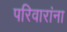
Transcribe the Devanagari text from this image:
परिवारांना